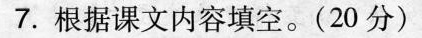
7.根据课文内容填空。(20分)